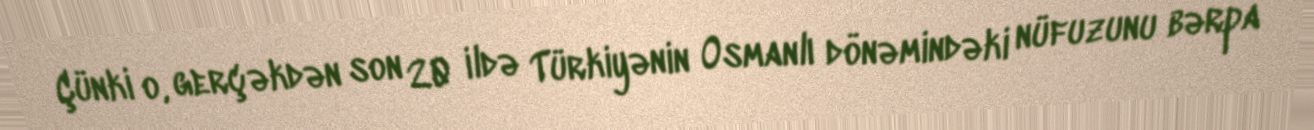
Çünki o, gerçəkdən son 20 ildə Türkiyənin Osmanlı dönəmindəki nüfuzunu bərpa